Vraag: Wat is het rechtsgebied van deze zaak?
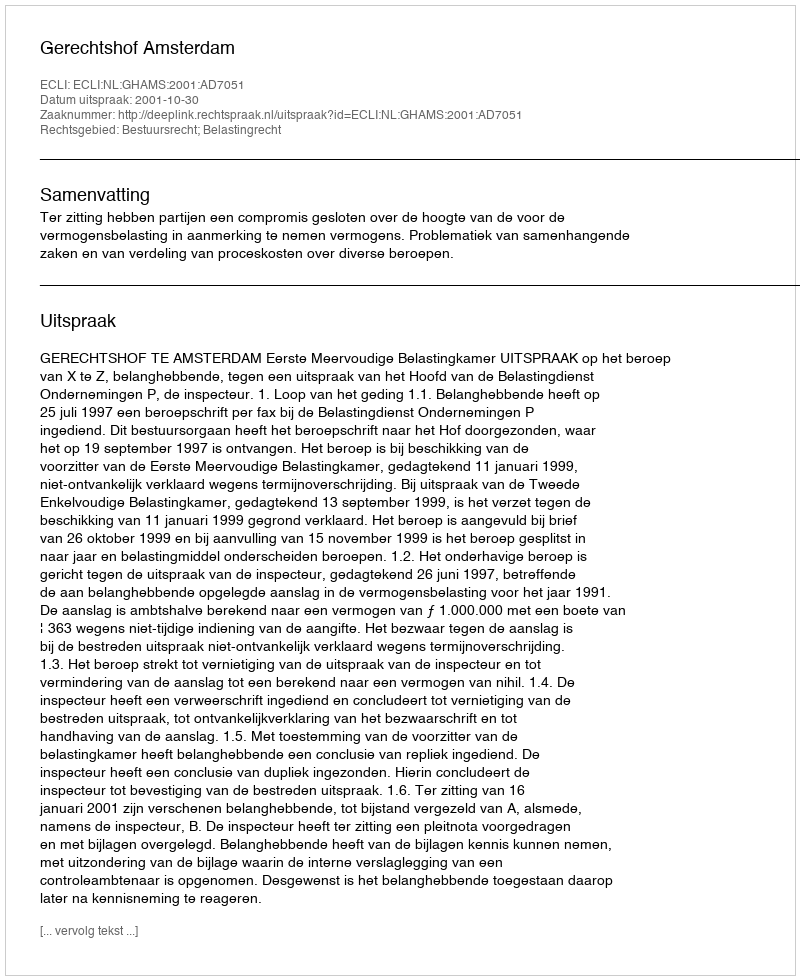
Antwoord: Bestuursrecht; Belastingrecht